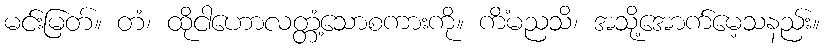
မင်းမြတ်။ တံ၊ ထိုငါဟောလတ္တံ့သောစကားကို။ ကိံမညသိ၊ အသို့အောက်မေ့သနည်း။